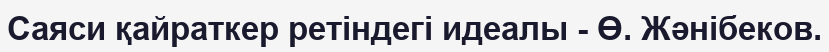
Саяси қайраткер ретіндегі идеалы - Ө. Жәнібеков.